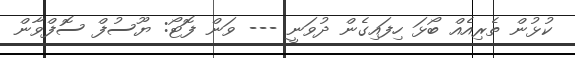
ކުޅުން ތެރިއެއް ބޯޅަ ހިފައިގެން ދުވަނީ --- ވަން ފޮޓޯ: ޔޫސުފް ސޮފްވާން